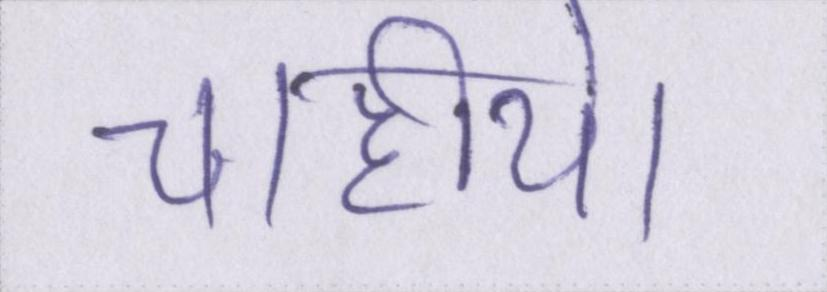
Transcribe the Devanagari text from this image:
चाहीये।